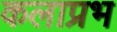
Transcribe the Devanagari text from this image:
कलाप्रभ